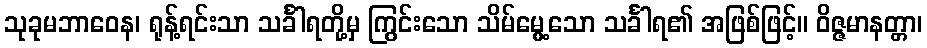
သုခုမဘာဝေန၊ ရုန့်ရင်းသာ သင်္ခါရတို့မှ ကြွင်းသော သိမ်မွေ့သော သင်္ခါရ၏ အဖြစ်ဖြင့်။ ဝိဇ္ဇမာနတ္တာ၊